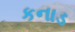
કનાડ